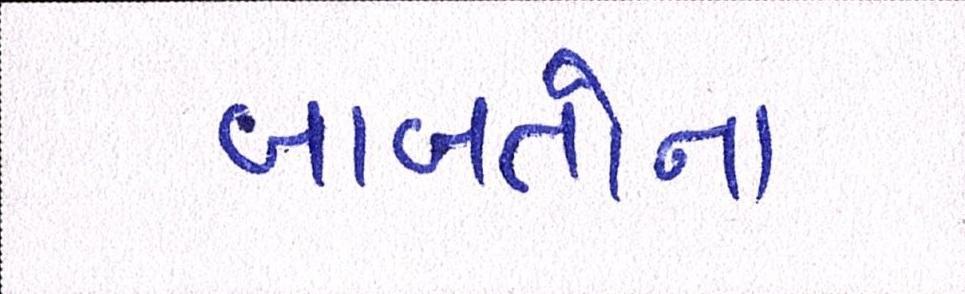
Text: બાબતોના